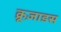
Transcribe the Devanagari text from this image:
क्रूज़ाडस